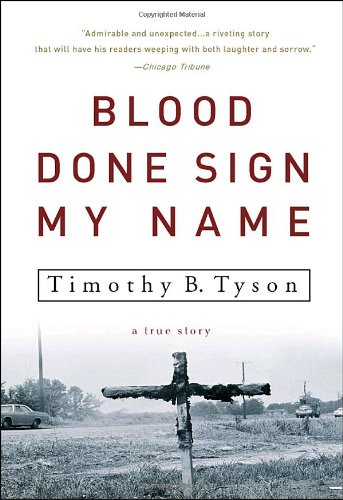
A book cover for Blood Done Sign My Name: A True Story; Timothy B. Tyson; Biographies & Memoirs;